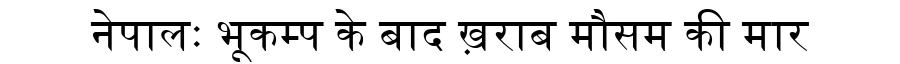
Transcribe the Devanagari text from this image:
नेपालः भूकम्प के बाद ख़राब मौसम की मार